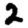
Digit: 2